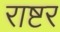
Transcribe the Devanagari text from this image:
राष्टर